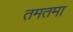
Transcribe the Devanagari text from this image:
तमतमा